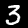
Label: 3